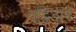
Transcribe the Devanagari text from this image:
पट्टिदार